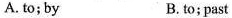
A. to; by B. to; past